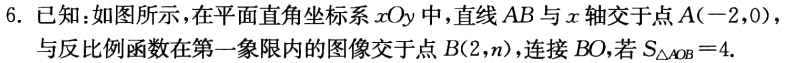
6. 已知：如图所示，在平面直角坐标系\(xOy\)中，直线\(AB\)与\(x\)轴交于点\(A(-2,0)\)，与反比例函数在第一象限内的图像交于点\(B(2,n)\)，连接\(BO\)，若\(S_{\triangle AOB}=4\).